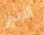
الأمر